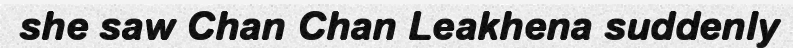
she saw Chan Chan Leakhena suddenly